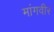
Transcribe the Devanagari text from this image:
मांगवीर